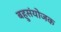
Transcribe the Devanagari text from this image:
बहुसंयोजक